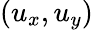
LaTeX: ({{u}_{x}},{{u}_{y}})